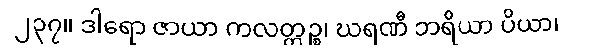
၂၃၇။ ဒါရော ဇာယာ ကလတ္တဉ္စ၊ ဃရဏီ ဘရိယာ ပိယာ၊